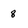
Character: 8